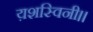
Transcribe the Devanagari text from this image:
य़शस्विनी।।